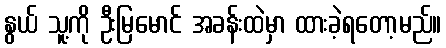
နွယ် သူ့ကို ဦးမြမောင် အခန်းထဲမှာ ထားခဲ့ရတော့မည်။